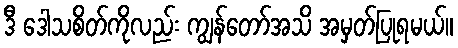
ဒီ ဒေါသစိတ်ကိုလည်း ကျွန်တော်အသိ အမှတ်ပြုရမယ်။